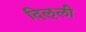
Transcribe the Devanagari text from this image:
दिल्‌ली